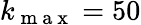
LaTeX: k_{\mathrm{~m~a~x~}}=50